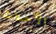
الأحداث